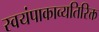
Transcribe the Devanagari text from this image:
स्वयंपाकाव्यतिरिक्त